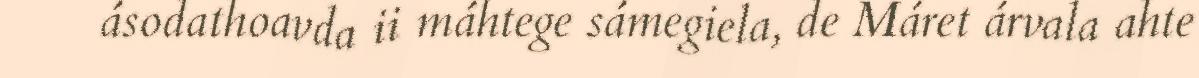
ásodathoavda ii máhtege sámegiela, de Máret árvala ahte